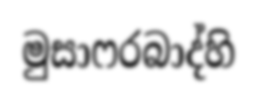
මුසාෆරබාද්හි